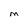
Character: M